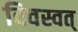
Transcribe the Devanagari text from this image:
विवस्वत्